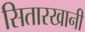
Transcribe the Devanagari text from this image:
सितारखानी